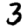
Digit: 3